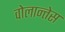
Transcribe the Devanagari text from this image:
वोलान्तेस